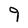
Character: 9